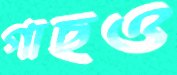
গাছও